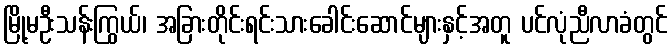
မြို့မဦးသန်းကြွယ်၊ အခြားတိုင်းရင်းသားခေါင်းဆောင်များနှင့်အတူ ပင်လုံညီလာခံတွင်